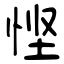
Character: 悭